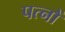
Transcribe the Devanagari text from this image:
पत्नों